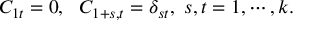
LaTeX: C _ { 1 t } = 0 , ~ ~ C _ { 1 + s , t } = \delta _ { s t } , ~ s , t = 1 , \cdots , k .